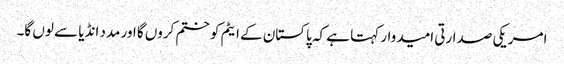
امریکی صدارتی امیدوار کہتا ہے کہ پاکستان کے ایٹم کو ختم کروں گا اور مدد انڈیا سے لوں گا۔